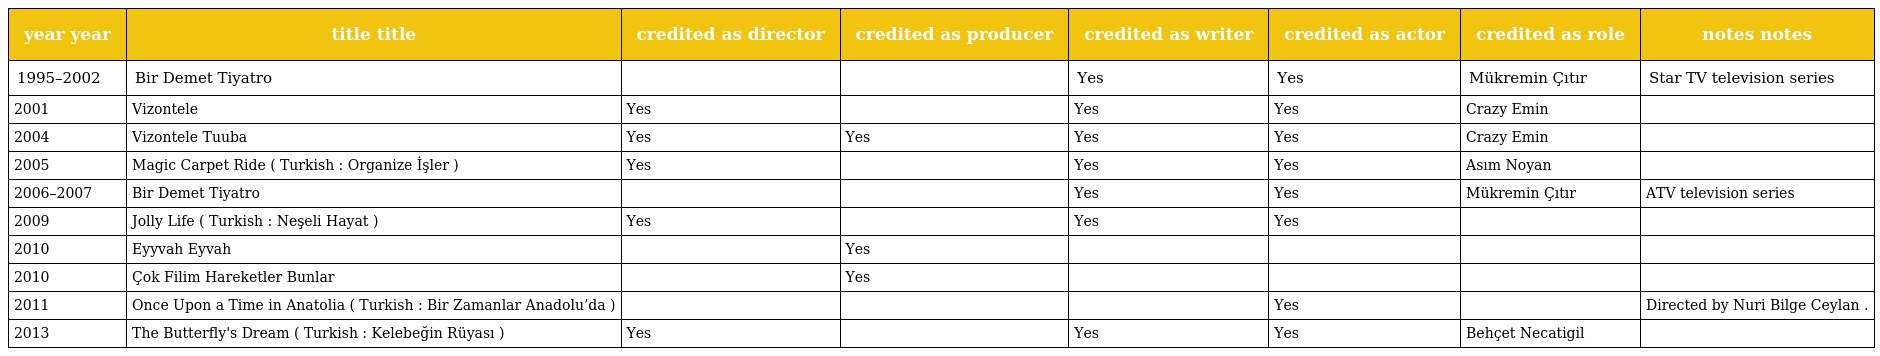
| year year | title title | credited as director | credited as producer | credited as writer | credited as actor | credited as role | notes notes |
 | --- | --- | --- | --- | --- | --- | --- | --- |
 | 1995–2002 | Bir Demet Tiyatro |  |  | Yes | Yes | Mükremin Çıtır | Star TV television series |
 | 2001 | Vizontele | Yes |  | Yes | Yes | Crazy Emin |  |
 | 2004 | Vizontele Tuuba | Yes | Yes | Yes | Yes | Crazy Emin |  |
 | 2005 | Magic Carpet Ride ( Turkish : Organize İşler ) | Yes |  | Yes | Yes | Asım Noyan |  |
 | 2006–2007 | Bir Demet Tiyatro |  |  | Yes | Yes | Mükremin Çıtır | ATV television series |
 | 2009 | Jolly Life ( Turkish : Neşeli Hayat ) | Yes |  | Yes | Yes |  |  |
 | 2010 | Eyyvah Eyvah |  | Yes |  |  |  |  |
 | 2010 | Çok Filim Hareketler Bunlar |  | Yes |  |  |  |  |
 | 2011 | Once Upon a Time in Anatolia ( Turkish : Bir Zamanlar Anadolu’da ) |  |  |  | Yes |  | Directed by Nuri Bilge Ceylan . |
 | 2013 | The Butterfly's Dream ( Turkish : Kelebeğin Rüyası ) | Yes |  | Yes | Yes | Behçet Necatigil |  |